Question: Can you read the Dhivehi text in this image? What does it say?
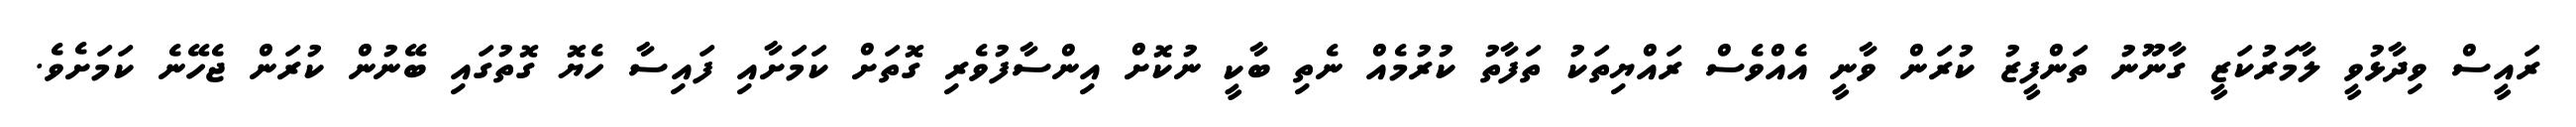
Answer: ރައީސް ވިދާޅުވީ ލާމަރުކަޒީ ގާނޫނު ތަންފީޒު ކުރަން ވާނީ އެއްވެސް ރައްޔިތަކު ތަފާތު ކުރުމެއް ނެތި ބާކީ ނުކޮށް އިންސާފުވެރި ގޮތަށް ކަމަށާއި ފައިސާ ހެޔޮ ގޮތުގައި ބޭނުން ކުރަން ޖެހޭނެ ކަމަށެވެ.